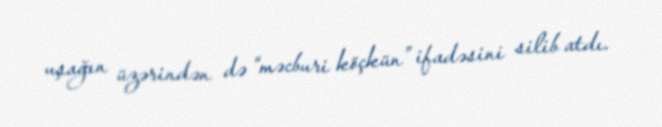
uşağın üzərindən də “məcburi köçkün” ifadəsini silib atdı.